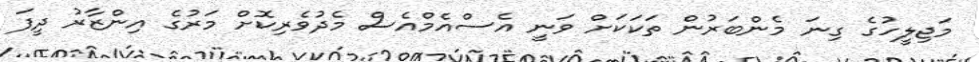
މަޖިލީހުގެ ގިނަ މެންބަރުން ތަކަކަށް ވަނީ އެސްއެމްއެސް މެދުވެރިކޮށް މަރުގެ އިންޒާރު ދީފަ